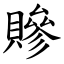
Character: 贂